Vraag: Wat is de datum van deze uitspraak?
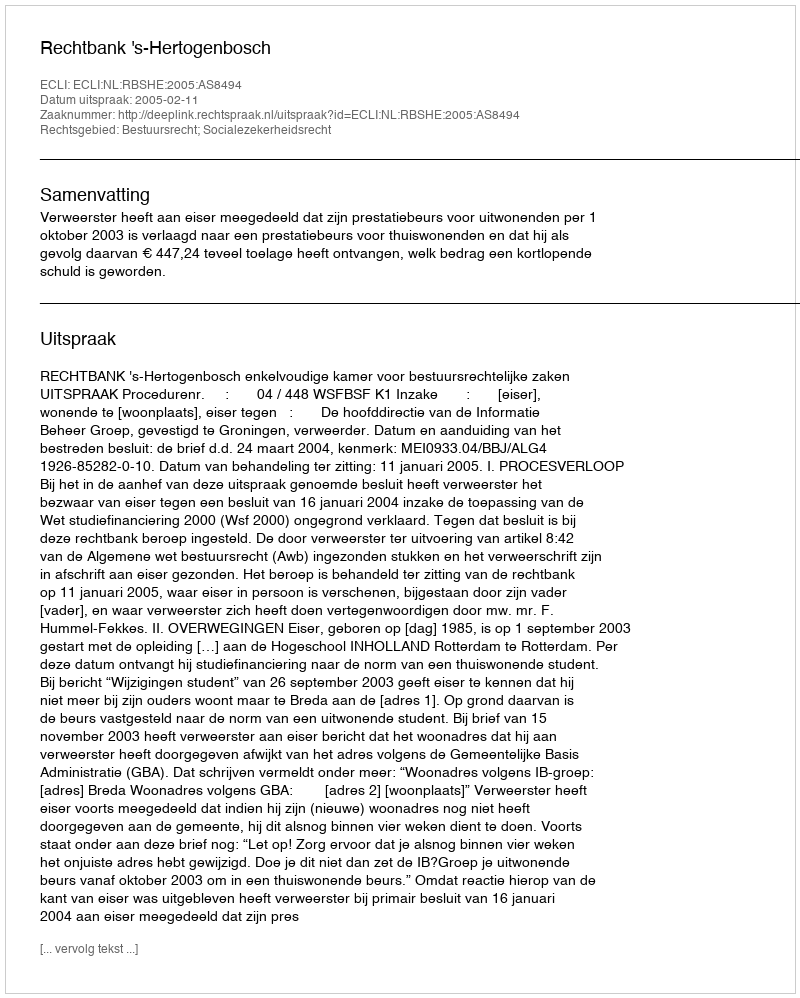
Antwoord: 2005-02-11